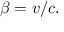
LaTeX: \beta = v / c .